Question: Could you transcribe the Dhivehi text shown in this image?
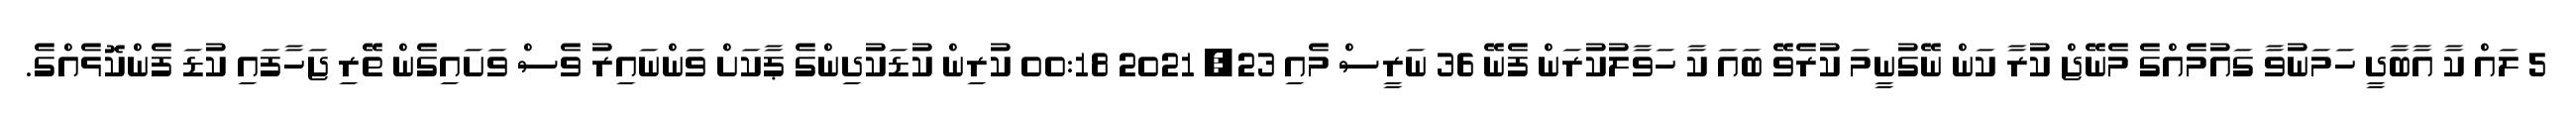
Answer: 5 ލައް ކާ އާބާދީ ހަމަނުވާ ގައުމެއްގެ މެނޭޖް ކުރާ ކަން ނޭގުނީމަ ކުރެވޭ ބައަ ކާ ހަވާލުކުރަން ފެނޭ 36 ނަރީސް މެއި 23, 2021 00:18 ކުރިން ކުޑަކުދިންގެ ޕާކަށް ވަންނައިރު ވެސް ވަށައިގެން ތޭރި ޖަހާފައި ކުޑަ ފެންކޮޅެއްގެ.